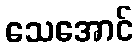
သေအောင်